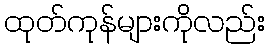
ထုတ်ကုန်များကိုလည်း